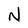
Character: N